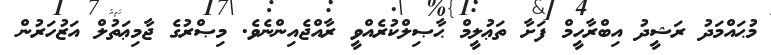
މުޙައްމަދު ރަޝީދު އިބްރާހީމް ފަށާ ތަޢުލީމް ޙާޞިލްކުރެއްވީ ރާއްޖެއިންނެވެ. މިޞްރުގެ ޖާމިޢަތުލް އަޒުހަރުން